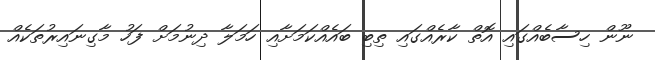
ނޫން ހިސާބެއްގައި އޮތް ކާރެއްގައި ތިބި ބައެއްކަމަށާއި ހަމަލާ ދިނުމަށް ފަހު މާގިނައިރުތަކެއް